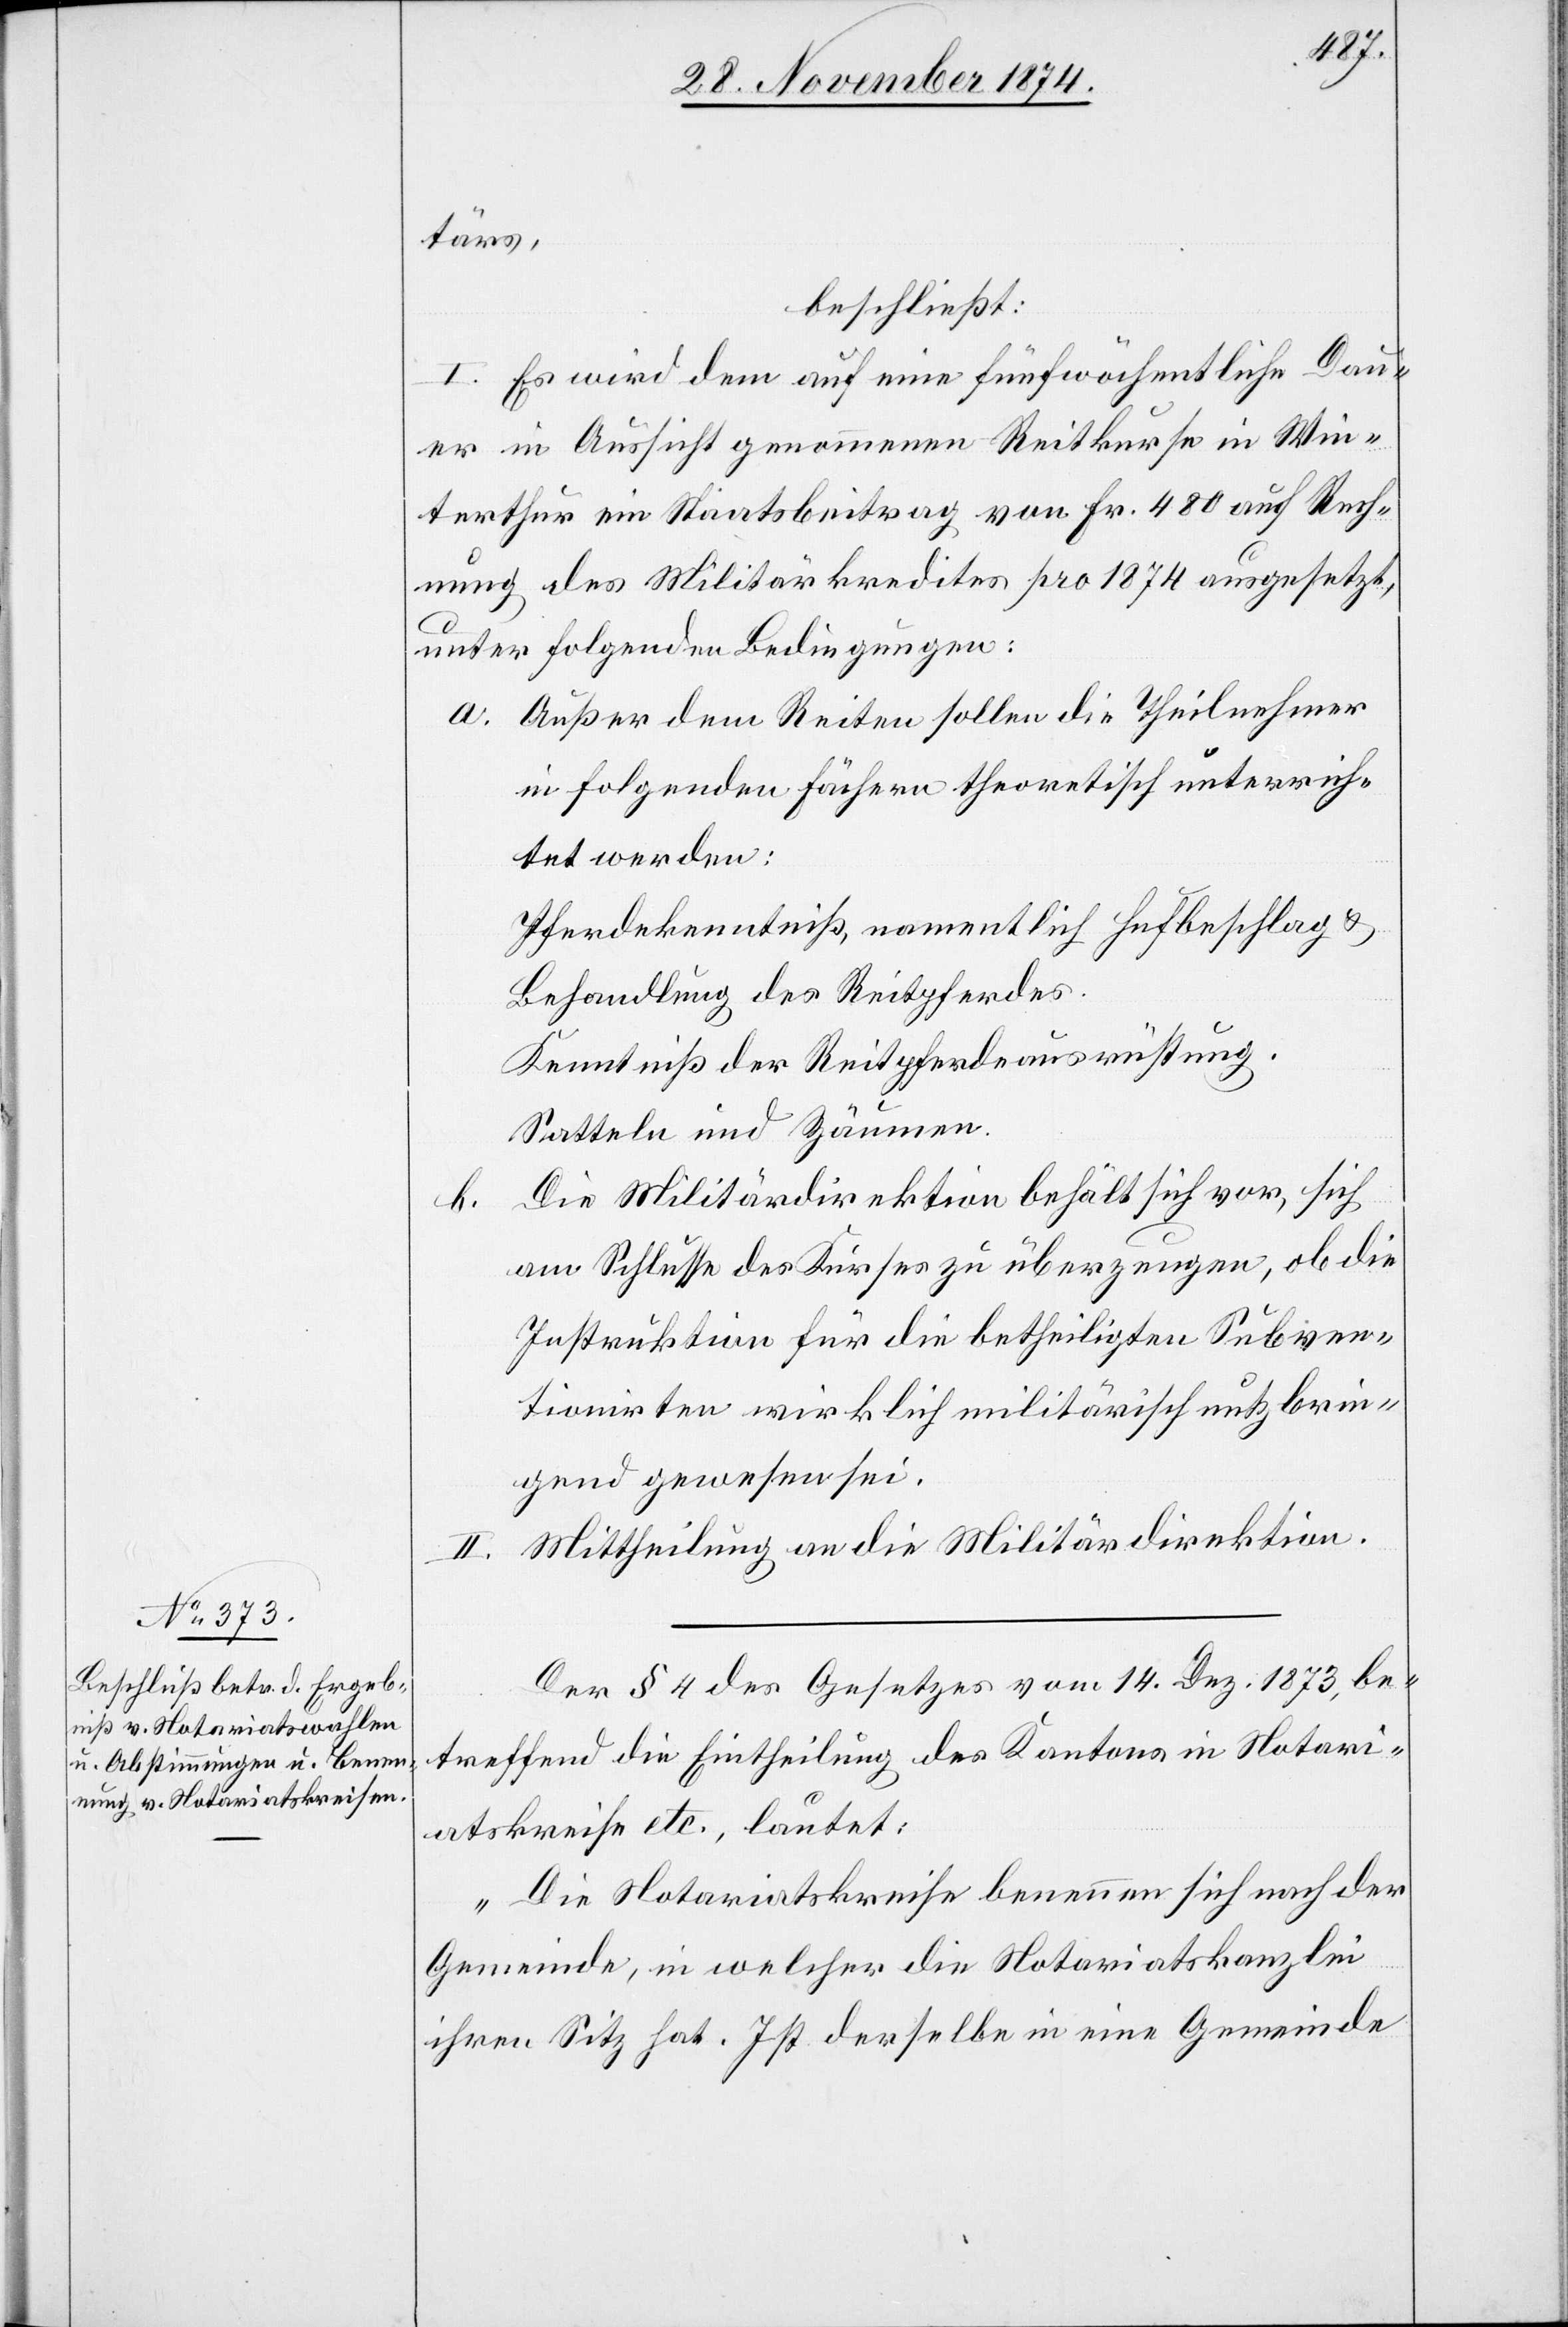
tärs,
beschließt:
I. Es wird dem auf eine fünfwöchentliche Dau¬
er in Aussicht genommenen Reitkurse in Win¬
terthur ein Staatsbeitrag von Fr. 480 auf Rech¬
nung des Militärkredites pro 1874 ausgesetzt,
unter folgenden Bedingungen:
a. Außer dem Reiten sollen die Theilnehmer
in folgenden Fächern theoretisch unterrich¬
tet werden:
Pferdekenntniß, namentlich Hufbeschlag &
Behandlung des Reitpferdes.
Kenntniß der Reitpferdeausrüstung.
Satteln und Zäumen.
Die Militärdirektion behält sich vor, sich
am Schlusse des Kurses zu überzeugen, ob die
Instruktion für die betheiligten Subven¬
tionirten wirklich militärisch nutzbrin¬
gend gewesen sei.
II. Mittheilung an die Militärdirektion.